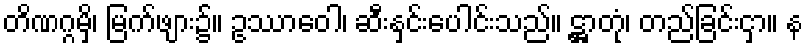
တိဏဂ္ဂမှိ၊ မြက်ဖျား၌။ ဥဿာဝေါ၊ ဆီးနှင်းပေါင်းသည်။ ဋ္ဌာတုံ၊ တည်ခြင်းငှာ။ န